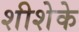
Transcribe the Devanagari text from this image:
शीशेके